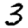
Digit: 3